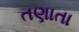
તણાતા